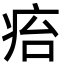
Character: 㾂